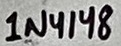
Text: 1N4148